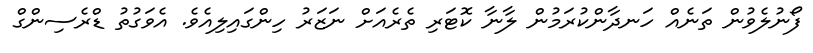
ފޯނުލެވުން ތަނެއް ހަނދާންކުރަމުން ލާނާ ކޮޓަރި ތެރެއަށް ނަޒަރު ހިންގައިލިއެވެ. އެވަގުތު ޑްރެސިންގް